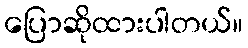
ပြောဆိုထားပါတယ်။